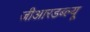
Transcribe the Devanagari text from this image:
जीआरडब्ल्यू